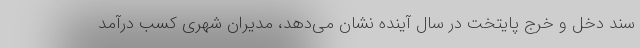
سند دخل و خرج پایتخت در سال آینده نشان می‌دهد، مدیران شهری کسب درآمد